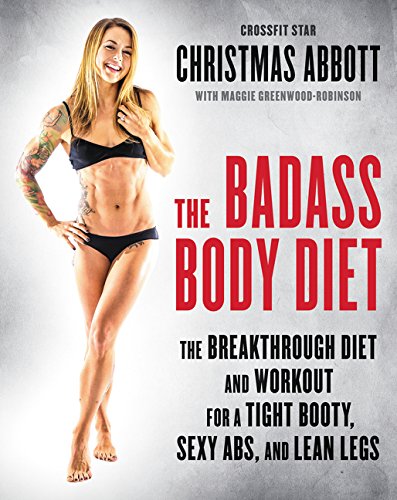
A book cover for The Badass Body Diet: The Breakthrough Diet and Workout for a Tight Booty, Sexy Abs, and Lean Legs; Christmas Abbott; Health, Fitness & Dieting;